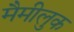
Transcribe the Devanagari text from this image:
मैमीलुक